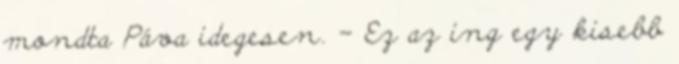
mondta Páva idegesen. – Ez az ing egy kisebb